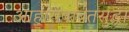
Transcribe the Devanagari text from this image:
आहाराबाबतसुद्धा